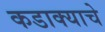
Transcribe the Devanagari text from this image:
कडाक्याचे